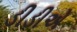
ડીડીએ